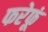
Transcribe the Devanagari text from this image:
फरेफूं